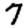
Digit: 7